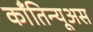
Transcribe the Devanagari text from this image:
काँतिन्यूअस